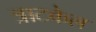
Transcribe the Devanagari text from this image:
त्राटकेल